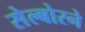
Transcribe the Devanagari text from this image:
सेल्बोरने